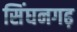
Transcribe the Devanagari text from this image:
सिंघनगढ़